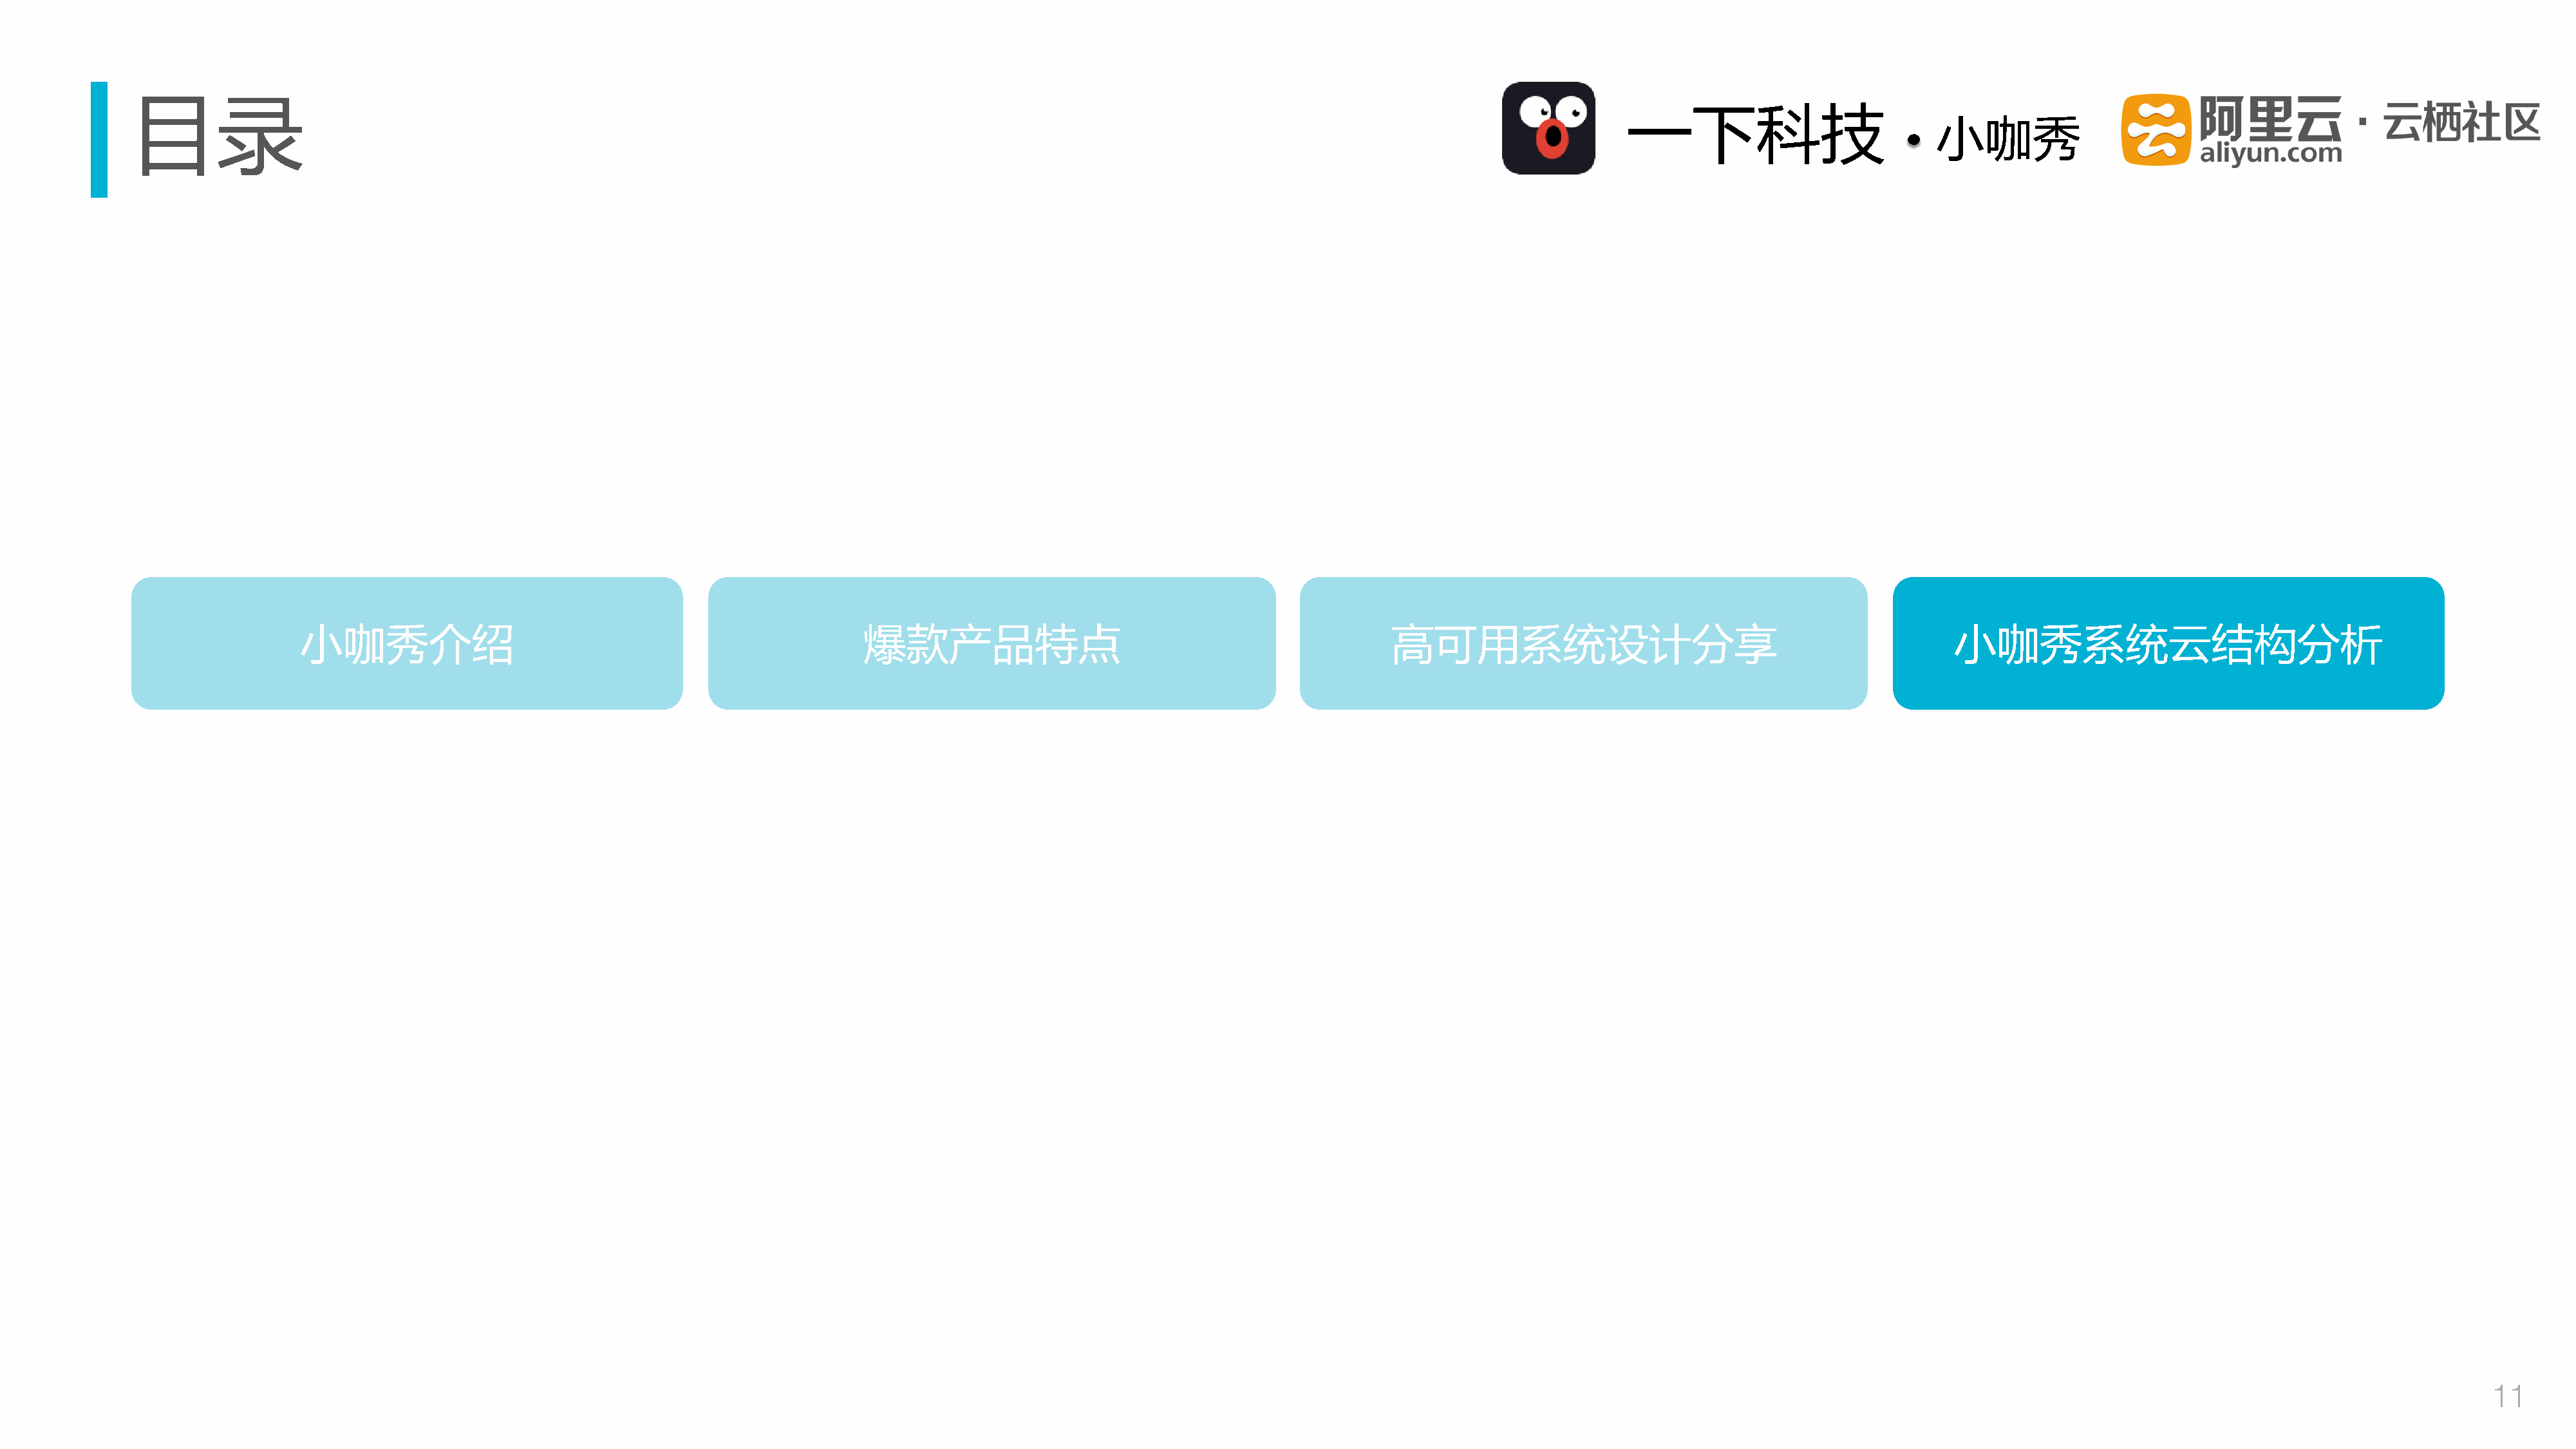
目录
 一下科技
 小咖秀
 小咖秀介绍                                                     爆款产品特点                                                高可用系统设计分享                                                 小咖秀系统云结构分析
 11